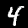
Label: 4